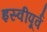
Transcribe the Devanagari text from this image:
इस्वीपूर्व